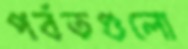
পর্বতগুলো